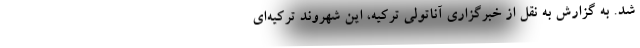
شد. به گزارش به نقل از خبرگزاری آناتولی ترکیه، این شهروند ترکیه‌ای